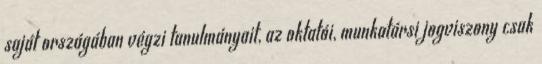
saját országában végzi tanulmányait, az oktatói, munkatársi jogviszony csak